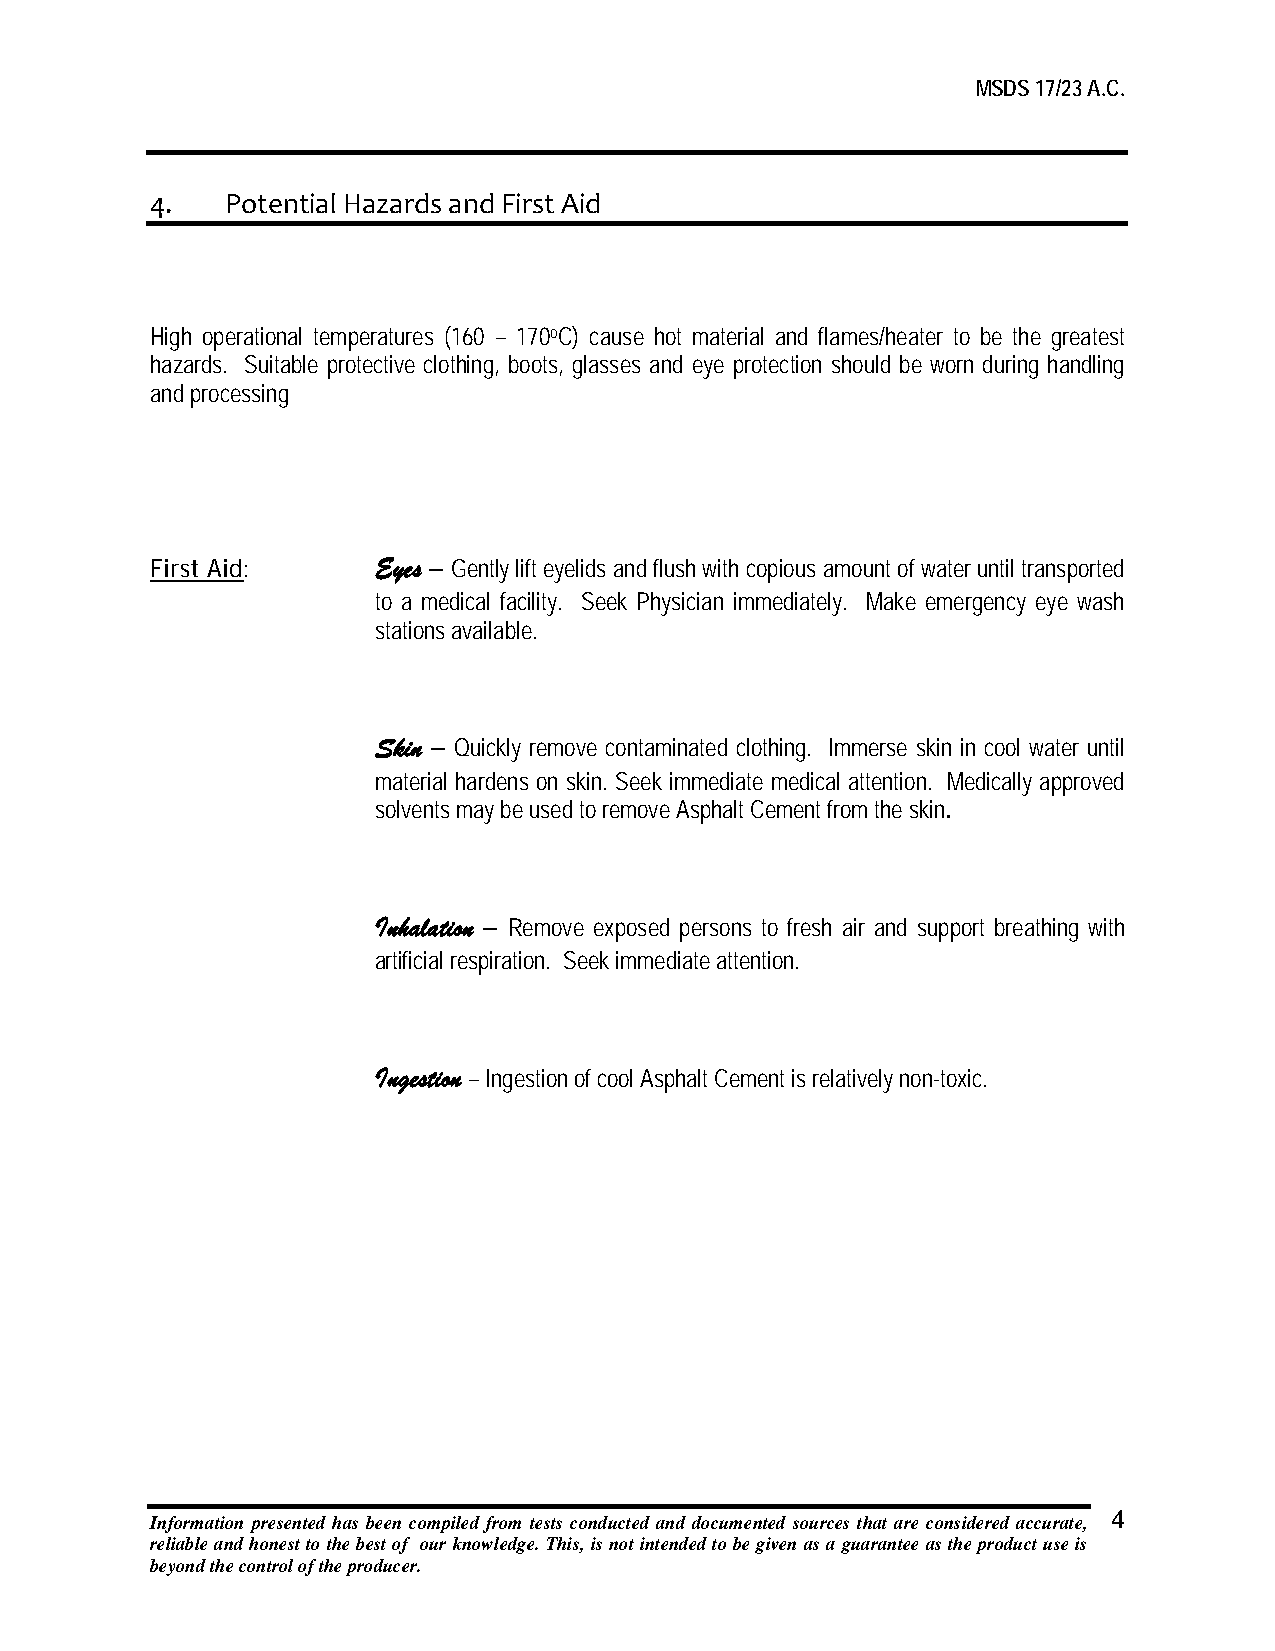
MSDS 17/23 A.C.
 4.   Potential Hazards and First Aid
 High operational temperatures (160 – 170oC) cause hot material and flames/heater to be the greatest
 hazards. Suitable protective clothing, boots, glasses and eye protection should be worn during handling
 and processing
 First Aid:     Eyes – Gently lift eyelids and flush with copious amount of water until transported
 to a medical facility. Seek Physician immediately. Make emergency eye wash
 stations available.
 Skin – Quickly remove contaminated clothing. Immerse skin in cool water until
 material hardens on skin. Seek immediate medical attention. Medically approved
 solvents may be used to remove Asphalt Cement from the skin.
 Inhalation – Remove exposed persons to fresh air and support breathing with
 artificial respiration. Seek immediate attention.
 Ingestion – Ingestion of cool Asphalt Cement is relatively non-toxic.
 Information presented has been compiled from tests conducted and documented sources that are considered accurate, 4
 reliable and honest to the best of our knowledge. This, is not intended to be given as a guarantee as the product use is
 beyond the control of the producer.